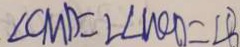
\angle C M D = 2 \angle W C D = \angle B